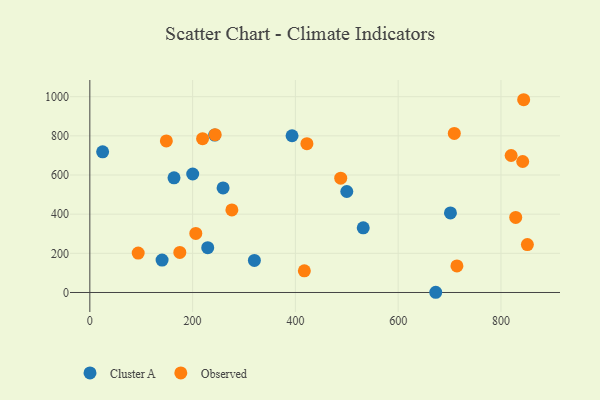
{"axis": {"x": "Distance", "y": "Exam Score"}, "legend": ["Cluster A", "Observed"], "data": [{"x": "673.1", "y": 1.1, "type": "Cluster A"}, {"x": "229.4", "y": 229.0, "type": "Cluster A"}, {"x": "140.6", "y": 165.3, "type": "Cluster A"}, {"x": "532.0", "y": 330.1, "type": "Cluster A"}, {"x": "243.0", "y": 804.2, "type": "Cluster A"}, {"x": "200.2", "y": 605.2, "type": "Cluster A"}, {"x": "393.5", "y": 800.6, "type": "Cluster A"}, {"x": "259.3", "y": 534.1, "type": "Cluster A"}, {"x": "500.0", "y": 515.7, "type": "Cluster A"}, {"x": "24.9", "y": 718.4, "type": "Cluster A"}, {"x": "163.8", "y": 585.5, "type": "Cluster A"}, {"x": "701.7", "y": 406.2, "type": "Cluster A"}, {"x": "320.2", "y": 163.6, "type": "Cluster A"}, {"x": "206.2", "y": 301.6, "type": "Observed"}, {"x": "844.2", "y": 984.5, "type": "Observed"}, {"x": "219.4", "y": 785.7, "type": "Observed"}, {"x": "243.9", "y": 806.0, "type": "Observed"}, {"x": "422.4", "y": 759.8, "type": "Observed"}, {"x": "94.1", "y": 201.4, "type": "Observed"}, {"x": "819.8", "y": 699.7, "type": "Observed"}, {"x": "714.3", "y": 135.8, "type": "Observed"}, {"x": "175.1", "y": 204.6, "type": "Observed"}, {"x": "148.9", "y": 774.3, "type": "Observed"}, {"x": "276.4", "y": 421.8, "type": "Observed"}, {"x": "488.2", "y": 583.6, "type": "Observed"}, {"x": "842.3", "y": 669.1, "type": "Observed"}, {"x": "851.4", "y": 244.5, "type": "Observed"}, {"x": "417.4", "y": 110.4, "type": "Observed"}, {"x": "828.7", "y": 383.6, "type": "Observed"}, {"x": "709.2", "y": 812.6, "type": "Observed"}]}